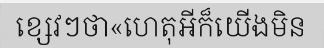
ខ្សេវៗថា«ហេតុអីក៏យើងមិន